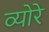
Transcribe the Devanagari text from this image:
व्योरे